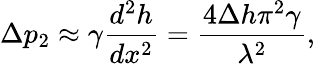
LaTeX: \Delta p_{2}\approx\gamma\frac{d^{2}h}{dx^{2}}=\frac{4\Delta h\pi^{2}\gamma}{\lambda^{2}},